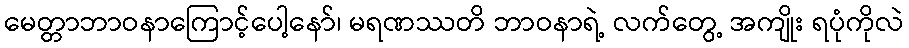
မေတ္တာဘာဝနာကြောင့်ပေါ့နော်၊ မရဏဿတိ ဘာဝနာရဲ့ လက်တွေ့ အကျိုး ရပုံကိုလဲ